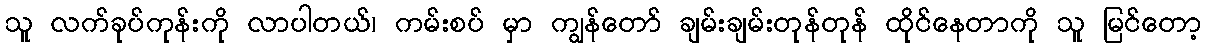
သူ လက်ခုပ်ကုန်းကို လာပါတယ်၊ ကမ်းစပ် မှာ ကျွန်တော် ချမ်းချမ်းတုန်တုန် ထိုင်နေတာကို သူ မြင်တော့